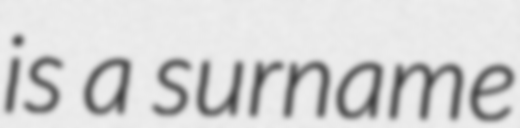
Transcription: is a surname